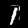
Label: 1